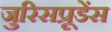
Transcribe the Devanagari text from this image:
जुरिसप्रूडेंस